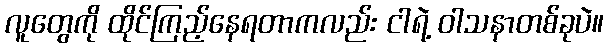
လူတွေကို ထိုင်ကြည့်နေရတာကလည်း ငါရဲ့ ဝါသနာတစ်ခုပဲ။